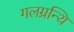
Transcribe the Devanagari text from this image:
गलग्रन्थि